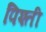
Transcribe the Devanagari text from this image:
पिश्ती